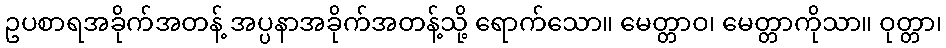
ဥပစာရအခိုက်အတန့် အပ္ပနာအခိုက်အတန့်သို့ ရောက်သော။ မေတ္တာဝ၊ မေတ္တာကိုသာ။ ဝုတ္တာ၊